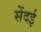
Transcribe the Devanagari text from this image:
सेंदई